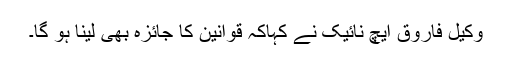
وکیل فاروق ایچ نائیک نے کہاکہ قوانین کا جائزہ بھی لینا ہو گا۔